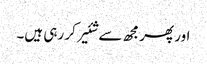
اور پھر مجھ سے شئیر کر رہی ہیں۔